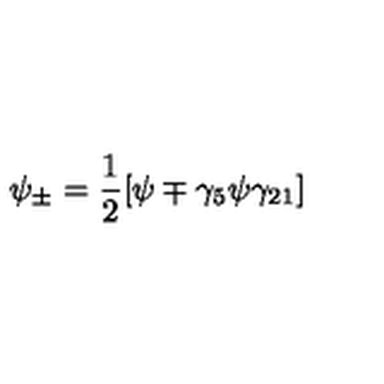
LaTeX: \psi _ { \pm } = \frac { 1 } { 2 } [ \psi \mp \gamma _ { 5 } \psi \gamma _ { 2 1 } ]